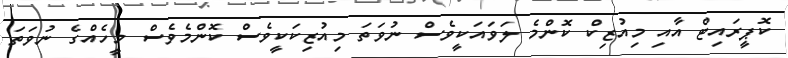
ކޮޕީރައިޓް އާއި މިއުޒިކް ކޮންމެ ލަވައަކީވެސް ނުވަތަ މިއުޒިކަކީވެސް ކޮންމެވެސް މީހެއްގެ ނުވަތަ